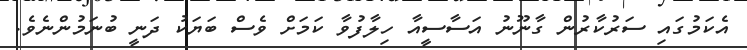
އެކަމުގައި ސަރުކާރުން ގާނޫނު އަސާސީއާ ހިލާފުވާ ކަމަށް ވެސް ބަޔަކު ދަނީ ބުނަމުންނެވެ.